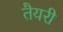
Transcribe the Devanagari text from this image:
तैयरी